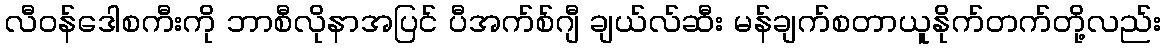
လီဝန်ဒေါစကီးကို ဘာစီလိုနာအပြင် ပီအက်စ်ဂျီ ချယ်လ်ဆီး မန်ချက်စတာယူနိုက်တက်တို့လည်း